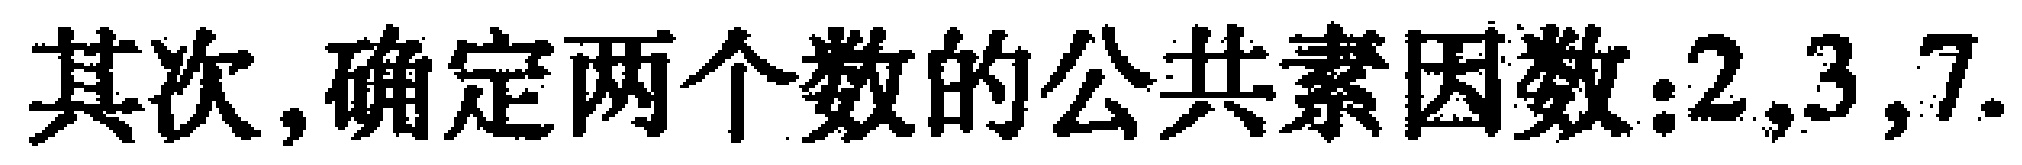
其次,确定两个数的公共素因数:$2,3,7.$